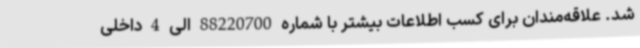
شد. علاقه‌مندان برای کسب اطلاعات بیشتر با شماره 88220700 الی 4 داخلی